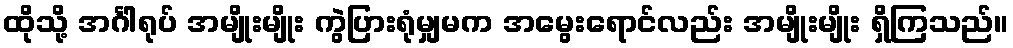
ထိုသို့ အင်္ဂါရုပ် အမျိုးမျိုး ကွဲပြားရုံမျှမက အမွေးရောင်လည်း အမျိုးမျိုး ရှိကြသည်။